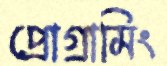
প্রোগ্রামিং